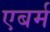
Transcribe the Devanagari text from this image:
एबर्म